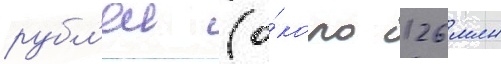
рубл'еи (о́коло 126 млн